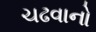
ચઢવાનો